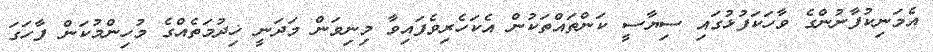
އެމަނިކުފާނުންގެ ވާހަކަފުޅުގައި ސިޔާސީ ކަންތައްތަކުން އެކަހެރިވެފައިވާ މިނިވަން މަދަނީ ޚިދުމަތެއްގެ މުހިންމުކަން ފާހަގަ